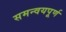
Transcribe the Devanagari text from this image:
समन्वयपूर्ण